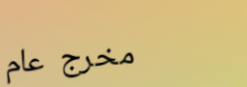
مخرج عام